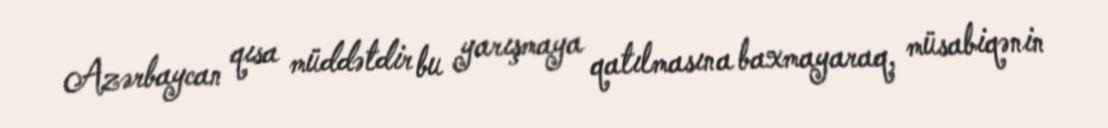
Azərbaycan qısa müddətdir bu yarışmaya qatılmasına baxmayaraq, müsabiqənin